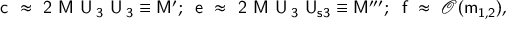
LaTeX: \mathsf { c ~ \approx ~ 2 ~ M ~ U _ { \mu 3 } ~ U _ { \tau 3 } } \equiv \mathsf { M ^ { \prime } } ; \; \; \mathsf { e ~ \approx ~ 2 ~ M ~ U _ { \mu 3 } ~ U _ { s 3 } } \equiv \mathsf { M ^ { \prime \prime \prime } } ; \; \; \mathsf { f ~ \approx ~ } \mathcal { O } ( \mathsf { m _ { 1 , 2 } } ) ,